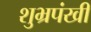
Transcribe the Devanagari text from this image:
शुभ्रपंखी